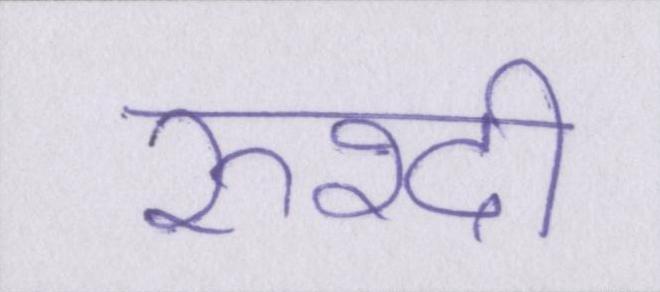
रुश्दी